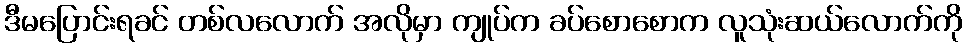
ဒီမပြောင်းရခင် တစ်လလောက် အလိုမှာ ကျုပ်က ခပ်စောစောက လူသုံးဆယ်လောက်ကို